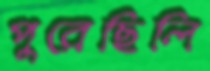
পুরেছিলি